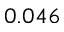
0 . 0 4 6